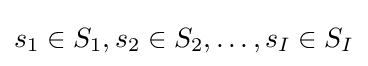
s_{1}\in S_{1},s_{2}\in S_{2},\ldots ,s_{I}\in S_{I}